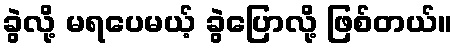
ခွဲလို့ မရပေမယ့် ခွဲပြောလို့ ဖြစ်တယ်။